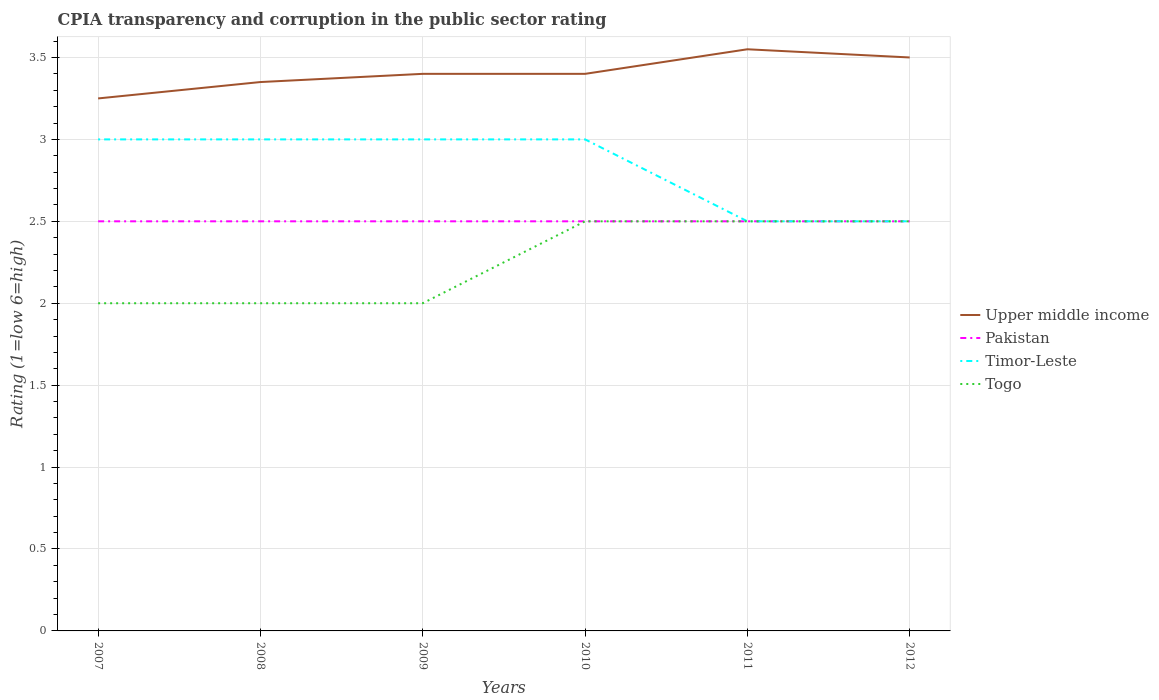
| Years | Upper middle income | Pakistan | Timor-Leste | Togo |
 | --- | --- | --- | --- | --- |
 | 2007 | 3.25 | 2.5 | 3 | 2 |
 | 2008 | 3.35 | 2.5 | 3 | 2 |
 | 2009 | 3.4 | 2.5 | 3 | 2 |
 | 2010 | 3.4 | 2.5 | 3 | 2.5 |
 | 2011 | 3.55 | 2.5 | 2.5 | 2.5 |
 | 2012 | 3.5 | 2.5 | 2.5 | 2.5 |